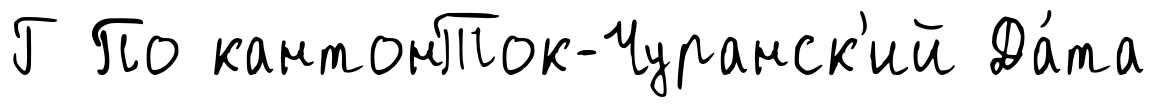
Г По кантонТок-Чуранск'ий Да́та